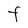
Character: F